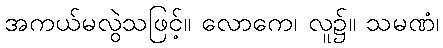
အကယ်မလွဲသဖြင့်။ လောကေ၊ လူ၌။ သမဏံ၊